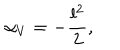
\alpha _ { V } = - \frac { l ^ { 2 } } { 2 } , \; \;